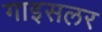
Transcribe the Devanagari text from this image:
गाइसलर